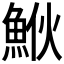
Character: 𩶻